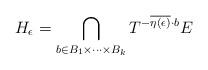
LaTeX: \begin{align*}H_\epsilon=\bigcap_{b \in B_1 \times \cdots \times B_k}T^{-\overline{\eta(\epsilon)}\cdot b} E\end{align*}